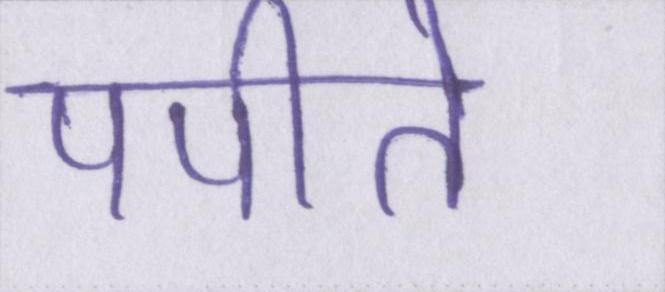
पपीते